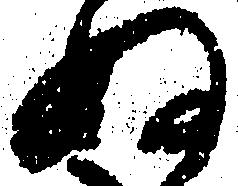
ぬ